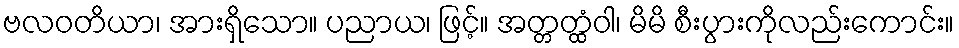
ဗလဝတိယာ၊ အားရှိသော။ ပညာယ၊ ဖြင့်။ အတ္တတ္ထံဝါ၊ မိမိ စီးပွားကိုလည်းကောင်း။